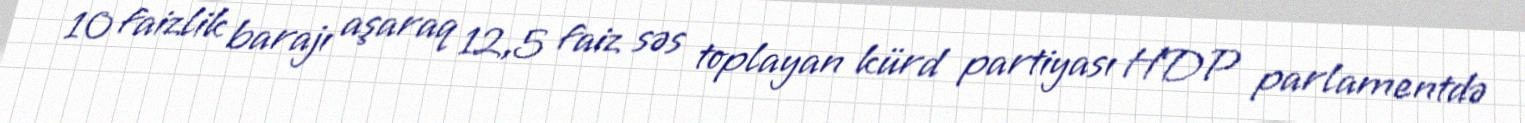
10 faizlik barajı aşaraq 12,5 faiz səs toplayan kürd partiyası HDP parlamentdə